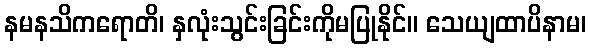
နမနသိကရောတိ၊ နှလုံးသွင်းခြင်းကိုမပြုနိုင်။ သေယျထာပိနာမ၊